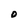
Character: O